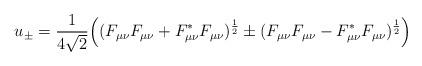
LaTeX: \begin{align*}u_{\pm}=\frac{1}{4\sqrt{2}}\Big((F_{\mu\nu}F_{\mu\nu}+ F_{\mu\nu}^{*}F_{\mu\nu})^{\frac{1}{2}}\pm ( F_{\mu\nu}F_{\mu\nu}-F_{\mu\nu}^{*}F_{\mu\nu}) ^{\frac{1}{2}}\Big)\end{align*}